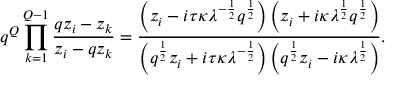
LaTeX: q ^ { Q } \prod _ { k = 1 } ^ { Q - 1 } \frac { q z _ { i } - z _ { k } } { z _ { i } - q z _ { k } } = \frac { \left( z _ { i } - i \tau \kappa \lambda ^ { - \frac { 1 } { 2 } } q ^ { \frac { 1 } { 2 } } \right) \left( z _ { i } + i \kappa \lambda ^ { \frac { 1 } { 2 } } q ^ { \frac { 1 } { 2 } } \right) } { \left( q ^ { \frac { 1 } { 2 } } z _ { i } + i \tau \kappa \lambda ^ { - \frac { 1 } { 2 } } \right) \left( q ^ { \frac { 1 } { 2 } } z _ { i } - i \kappa \lambda ^ { \frac { 1 } { 2 } } \right) } .